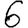
Digit: 6